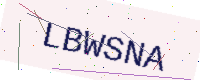
Text: LBWSNA